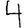
Digit: 4